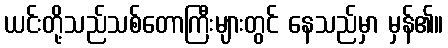
ယင်းတို့သည်သစ်တောကြီးများတွင် နေသည်မှာ မှန်၏။